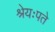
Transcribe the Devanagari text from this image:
श्रेयःपते